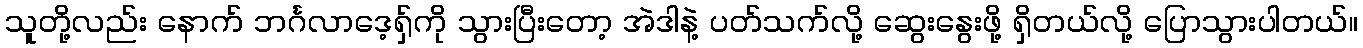
သူတို့လည်း နောက် ဘင်္ဂလာဒေ့ရှ်ကို သွားပြီးတော့ အဲဒါနဲ့ ပတ်သက်လို့ ဆွေးနွေးဖို့ ရှိတယ်လို့ ပြောသွားပါတယ်။